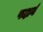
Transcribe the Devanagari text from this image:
पदार्न